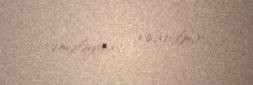
əməliyyat aparılmır.